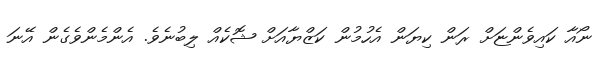
ނޯއާ ކައިވެންޏަށް ރަން ކިޔަން އެހުމުން ކަޒްޔާއަށް ޝޮކެއް ލިބުނެވެ. އެންމެންވެގެން އޭނަ